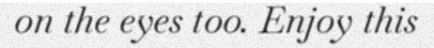
on the eyes too. Enjoy this